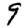
Digit: 9